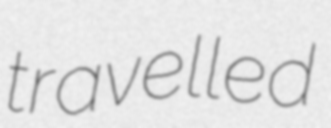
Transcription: travelled